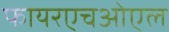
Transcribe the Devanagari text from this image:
फायरएचओएल